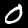
Digit: 0